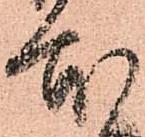
本